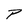
Character: P